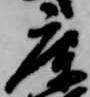
庫